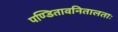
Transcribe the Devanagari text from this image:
पण्डितावनितालताः